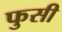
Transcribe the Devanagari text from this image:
फुसी